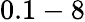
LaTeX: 0.1-8